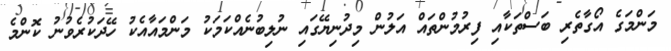
މަންމަގެ އޯގާތެރި ބަސްތަކާއި ފިރުމުންތައް އަލުން މިދުނިޔޭގައި ނުލިބުނެއްކަމަކު މަންމައާއެކު ހޭދަކުރެވުނު ކޮންމެ